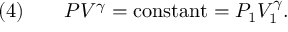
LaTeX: { \mathrm { ( 4 ) } } \qquad P V ^ { \gamma } = { \mathrm { c o n s t a n t } } = P _ { 1 } V _ { 1 } ^ { \gamma } .